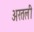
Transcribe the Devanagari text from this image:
अरतली